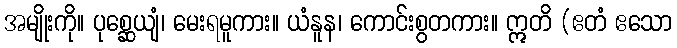
အမျိုးကို။ ပုစ္ဆေယျံ၊ မေးရမူကား။ ယံနူန၊ ကောင်းစွတကား။ ဣတိ (ဧတံ ဧသော